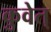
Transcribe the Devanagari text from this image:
कुवेत्